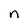
Character: n